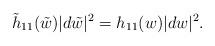
LaTeX: \begin{align*}\tilde{h}_{11}(\tilde{w})|d\tilde{w}|^2=h_{11}(w)|dw|^2.\end{align*}